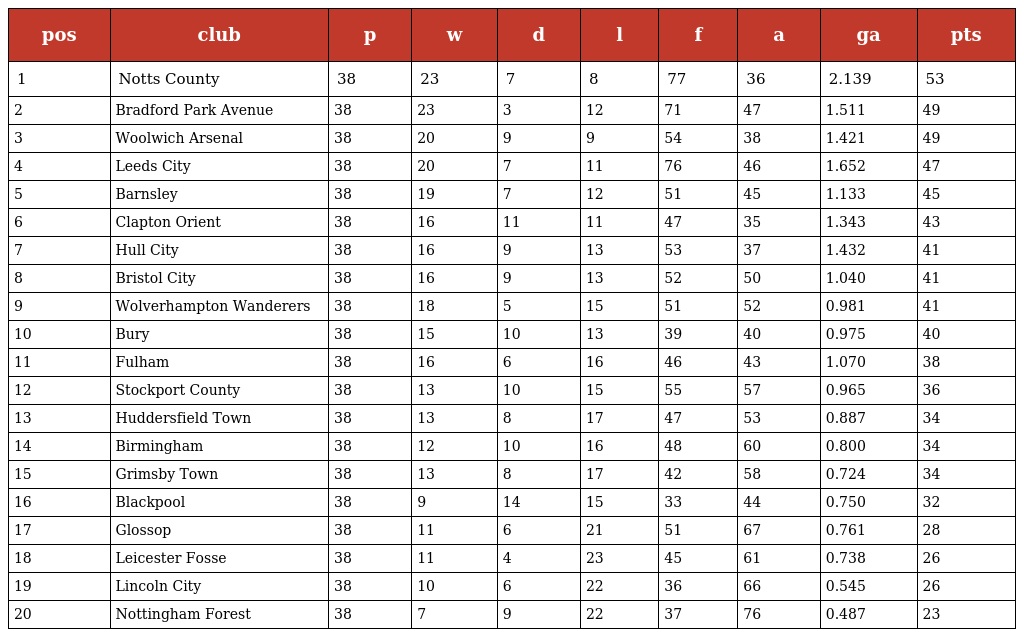
| pos | club | p | w | d | l | f | a | ga | pts |
 | --- | --- | --- | --- | --- | --- | --- | --- | --- | --- |
 | 1 | Notts County | 38 | 23 | 7 | 8 | 77 | 36 | 2.139 | 53 |
 | 2 | Bradford Park Avenue | 38 | 23 | 3 | 12 | 71 | 47 | 1.511 | 49 |
 | 3 | Woolwich Arsenal | 38 | 20 | 9 | 9 | 54 | 38 | 1.421 | 49 |
 | 4 | Leeds City | 38 | 20 | 7 | 11 | 76 | 46 | 1.652 | 47 |
 | 5 | Barnsley | 38 | 19 | 7 | 12 | 51 | 45 | 1.133 | 45 |
 | 6 | Clapton Orient | 38 | 16 | 11 | 11 | 47 | 35 | 1.343 | 43 |
 | 7 | Hull City | 38 | 16 | 9 | 13 | 53 | 37 | 1.432 | 41 |
 | 8 | Bristol City | 38 | 16 | 9 | 13 | 52 | 50 | 1.040 | 41 |
 | 9 | Wolverhampton Wanderers | 38 | 18 | 5 | 15 | 51 | 52 | 0.981 | 41 |
 | 10 | Bury | 38 | 15 | 10 | 13 | 39 | 40 | 0.975 | 40 |
 | 11 | Fulham | 38 | 16 | 6 | 16 | 46 | 43 | 1.070 | 38 |
 | 12 | Stockport County | 38 | 13 | 10 | 15 | 55 | 57 | 0.965 | 36 |
 | 13 | Huddersfield Town | 38 | 13 | 8 | 17 | 47 | 53 | 0.887 | 34 |
 | 14 | Birmingham | 38 | 12 | 10 | 16 | 48 | 60 | 0.800 | 34 |
 | 15 | Grimsby Town | 38 | 13 | 8 | 17 | 42 | 58 | 0.724 | 34 |
 | 16 | Blackpool | 38 | 9 | 14 | 15 | 33 | 44 | 0.750 | 32 |
 | 17 | Glossop | 38 | 11 | 6 | 21 | 51 | 67 | 0.761 | 28 |
 | 18 | Leicester Fosse | 38 | 11 | 4 | 23 | 45 | 61 | 0.738 | 26 |
 | 19 | Lincoln City | 38 | 10 | 6 | 22 | 36 | 66 | 0.545 | 26 |
 | 20 | Nottingham Forest | 38 | 7 | 9 | 22 | 37 | 76 | 0.487 | 23 |